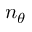
n _ { \theta }